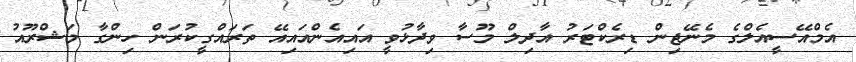
އެމްއޭސީއެލްގެ މެނޭޖިން ޑިރެކްޓަރު އާދިލް މޫސާ ވިދާޅުވީ އައިއެންއައިއޭ ތަރައްގީކުރަން ހިންގާ މަޝްރޫއު